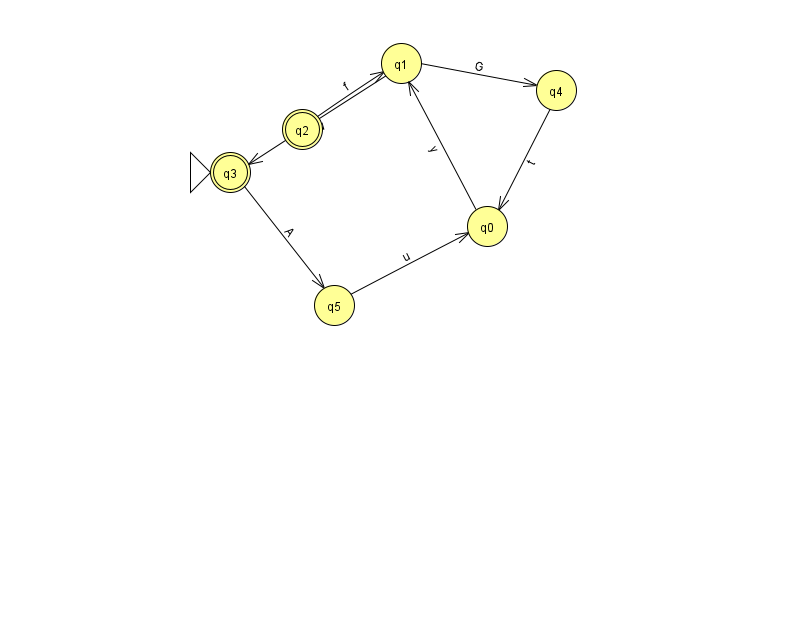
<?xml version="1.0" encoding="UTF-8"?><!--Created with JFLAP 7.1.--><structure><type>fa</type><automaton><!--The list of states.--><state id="0" name="q0"><x>487.0</x><y>213.0</y></state><state id="1" name="q1"><x>401.0</x><y>50.0</y></state><state id="2" name="q2"><x>302.0</x><y>116.0</y><final/></state><state id="3" name="q3"><x>230.0</x><y>159.0</y><initial/><final/></state><state id="4" name="q4"><x>556.0</x><y>77.0</y></state><state id="5" name="q5"><x>334.0</x><y>292.0</y></state><!--The list of transitions.--><transition><from>4</from><to>0</to><read>t</read></transition><transition><from>0</from><to>1</to><read>y</read></transition><transition><from>2</from><to>1</to><read>f</read></transition><transition><from>1</from><to>3</to><read>v</read></transition><transition><from>3</from><to>5</to><read>A</read></transition><transition><from>1</from><to>4</to><read>G</read></transition><transition><from>5</from><to>0</to><read>u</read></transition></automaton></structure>